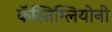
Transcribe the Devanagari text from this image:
कॅस्तिग्लियोनी